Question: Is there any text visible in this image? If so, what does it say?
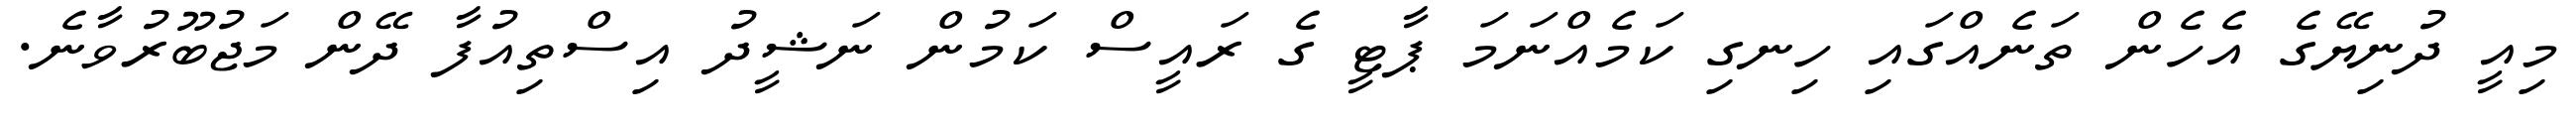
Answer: މިއީ ދުނިޔޭގެ އެހެން ތަނެއްގައި ހިނގި ކަމެއްނަމަ ޕާޓީ ގެ ރައީސް ކަމުން ނަޝީދު އިސްތިއުފާ ދޭން މަޖުބޫރުވާނެ.